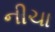
નીચા